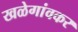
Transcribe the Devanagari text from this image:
खळेगांवकर